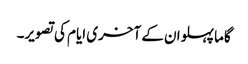
گاما پہلوان کے آخری ایام کی تصویر۔